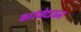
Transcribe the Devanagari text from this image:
कारंजेटाऊन